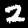
Label: 2